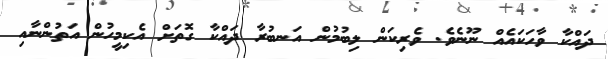
ދައްކާ ވާހަކައެއް ނޫނެވެ. ވެރިކަން ލިބުމުން އަނބުރާ ދައްކާ ގޮތަށް އެކިމީހުން އަތުންނާއި